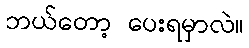
ဘယ်တော့ ပေးရမှာလဲ။